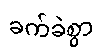
ခက်ခဲစွာ